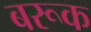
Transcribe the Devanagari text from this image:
बरूक